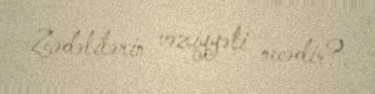
Zədəlilərin vəziyyəti necədir?.